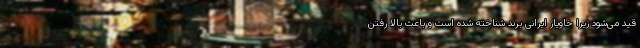
قید می‌شود زیرا خاویار ایرانی برند شناخته شده است و باعث بالا رفتن